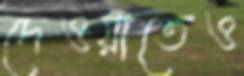
দেওয়াতেও